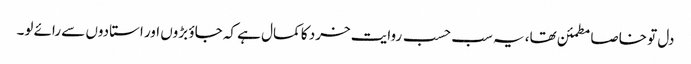
دل تو خاصا مطمئن تھا، یہ سب حسب روایت خرد کا کمال ہے کہ جاؤ بڑوں اور استادوں سے رائے لو۔